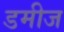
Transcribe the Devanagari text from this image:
डमीज